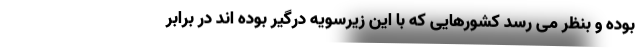
بوده و بنظر می رسد کشورهایی که با این زیرسویه درگیر بوده اند در برابر